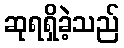
ဆုရရှိခဲ့သည်